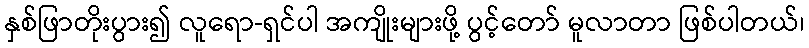
နှစ်ဖြာတိုးပွား၍ လူရော-ရှင်ပါ အကျိုးများဖို့ ပွင့်တော် မူလာတာ ဖြစ်ပါတယ်၊